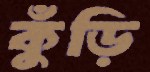
কুঁড়ি